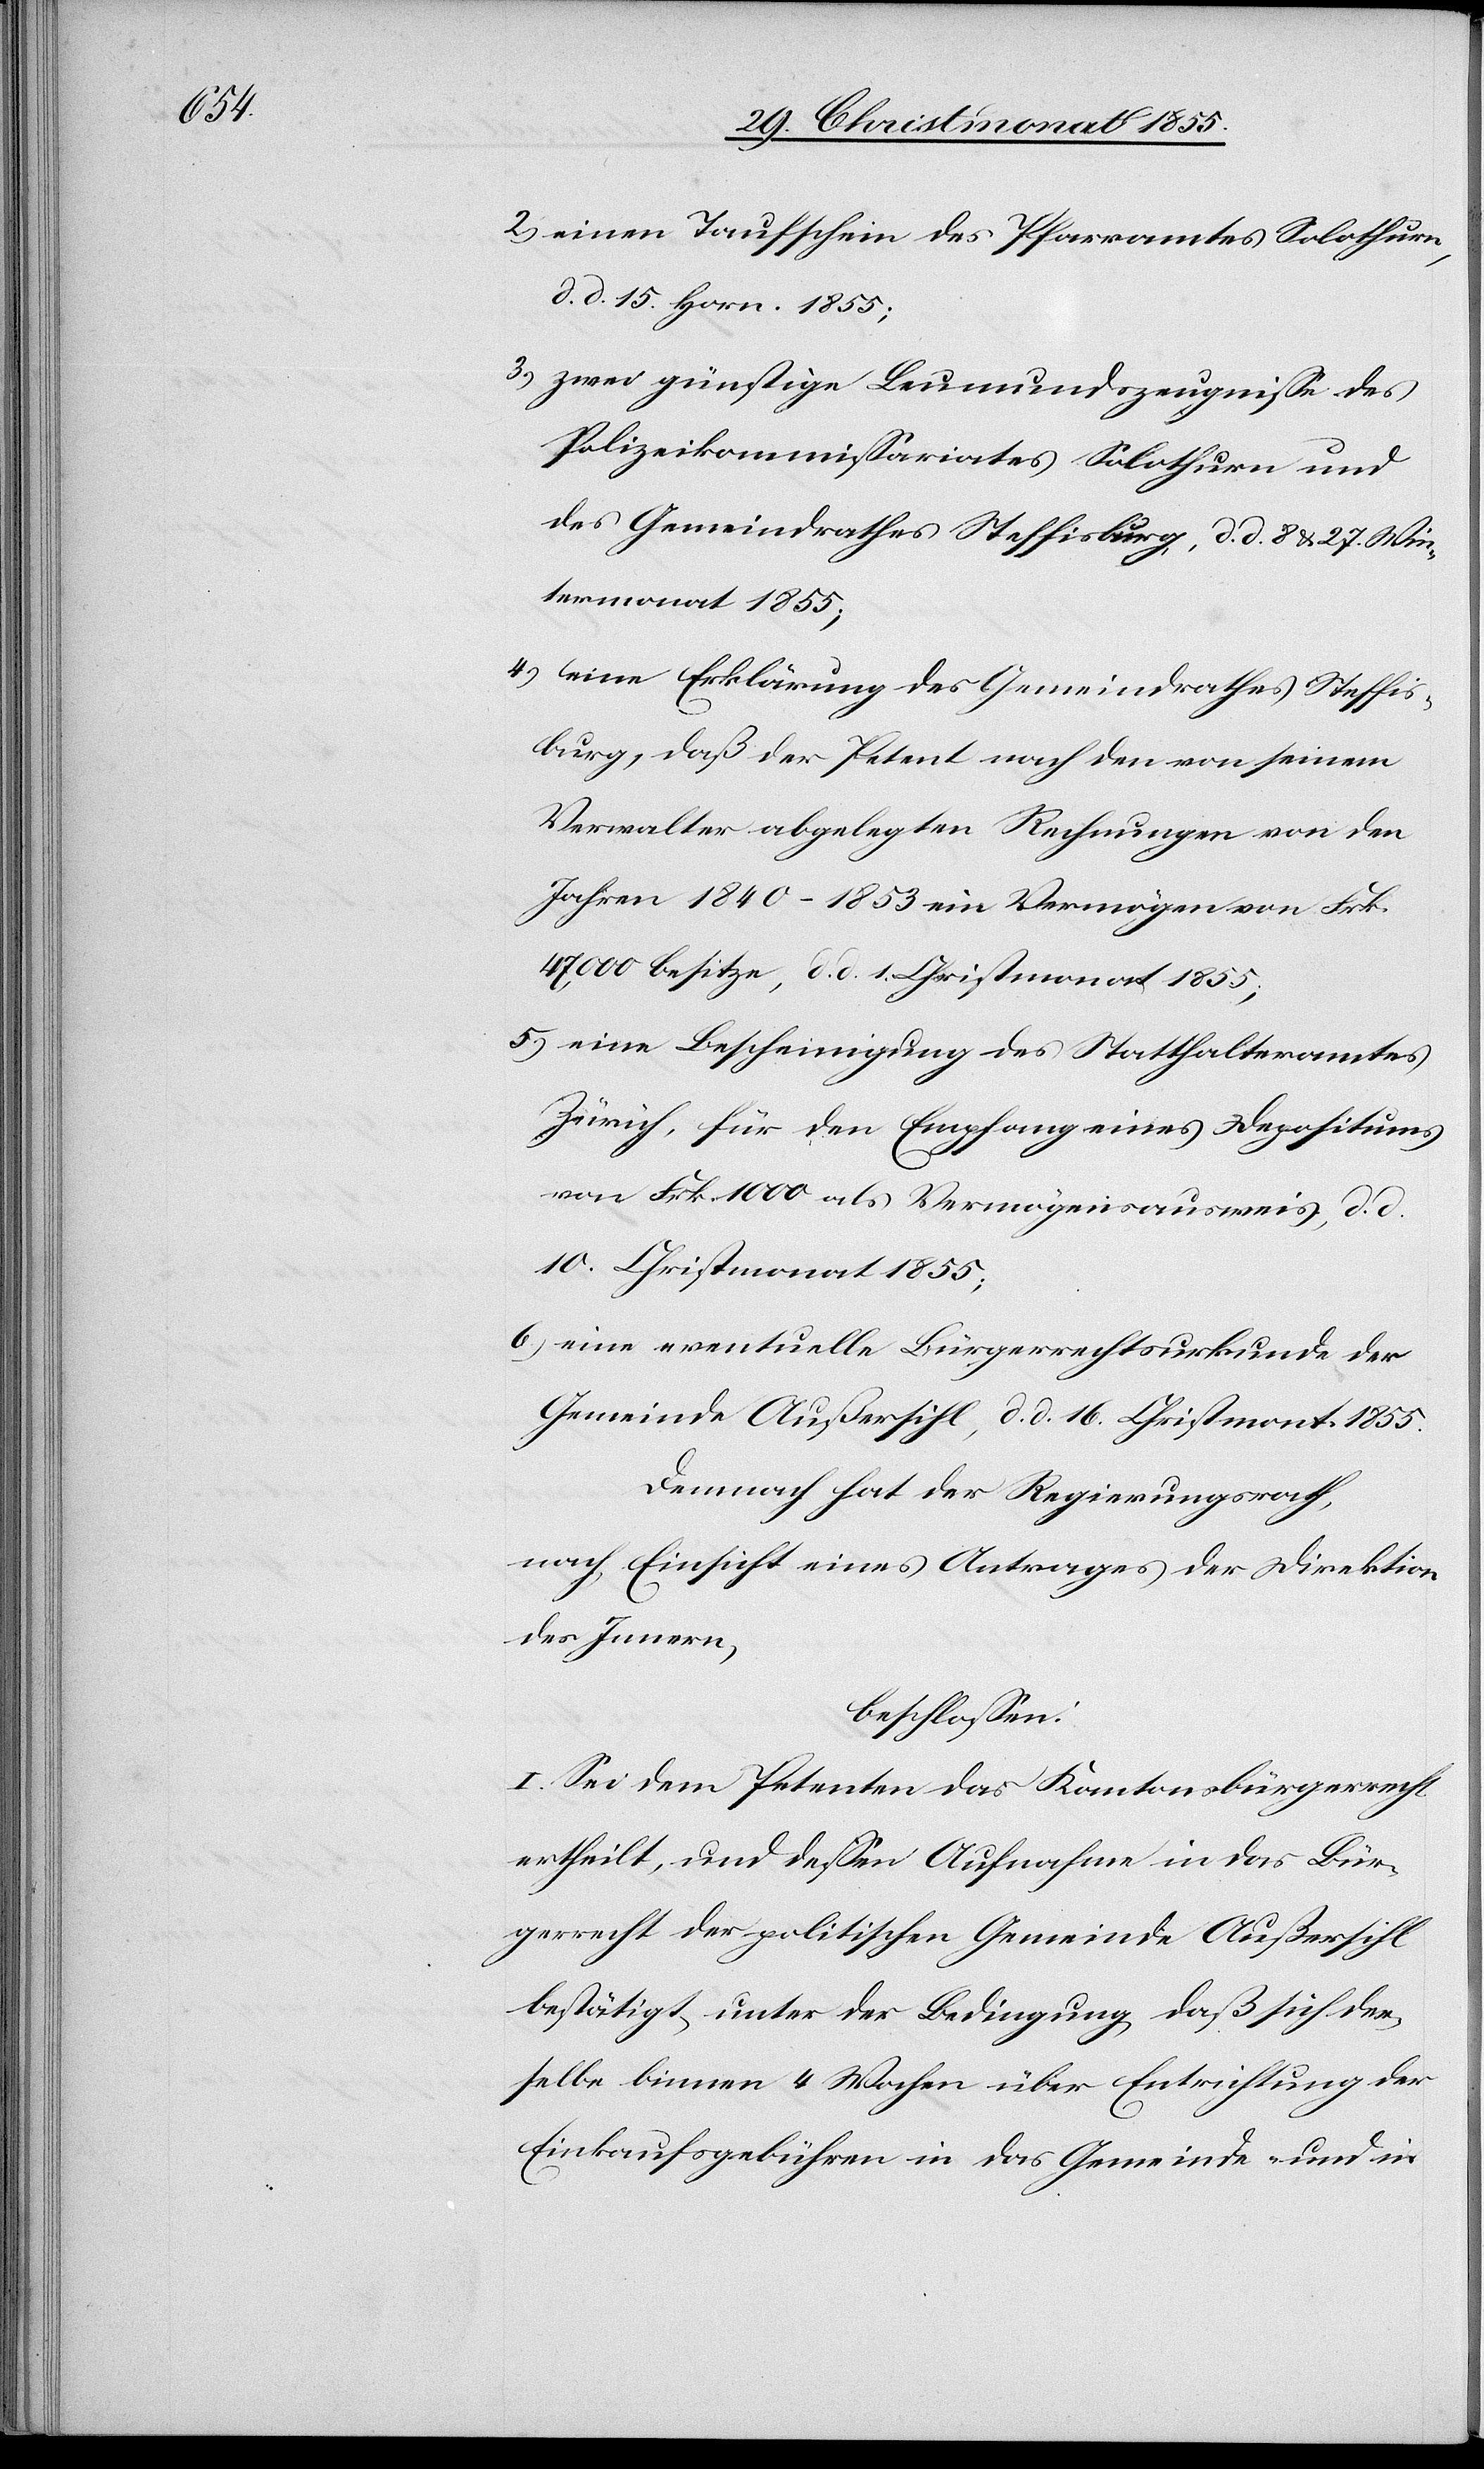
einen Taufsschein des Pfarramtes Solothurn,
d. d. 15. Horn. 1855;
zwei günstige Leumundszeugnisse des
Polizeikommissariates Solothurn und
des Gemeindrathes Steffisburg, d. d. 8 & 27. Win¬
termonat 1855;
eine Erklärung des Gemeindrathes Steffis¬
burg, daß der Petent nach den von seinem
Verwalter abgelegten Rechnungen von den
Jahren 1840–1853 ein Vermögen von Frk.
47,000 besitze, d. d. 1. Christmonat 1855;
eine Bescheinigung des Statthalteramtes
Zürich, für den Empfang eines Depositums
von Frk. 1000 als Vermögensausweis, d. d.
10. Christmonat 1855;
eine eventuelle Bürgerrechtsurkunde der
Gemeinde Außersihl, d. d. 16. Christmont. 1855.
Demnach hat der Regierungsrath,
nach Einsicht eines Antrages der Direktion
des Innern,
beschlossen:
I. Sei dem Petenten das Kantonsbürgerrecht
ertheilt, und dessen Aufnahme in das Bür¬
gerrecht der politischen Gemeinde Außersihl
bestätigt, unter der Bedingung, daß sich der¬
selbe binnen 4 Wochen über Entrichtung der
Einkaufsgebühren in das Gemeinde- und in